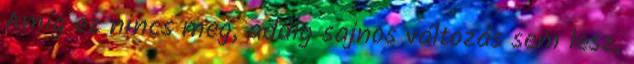
Amíg ez nincs meg, addig sajnos változás sem lesz,